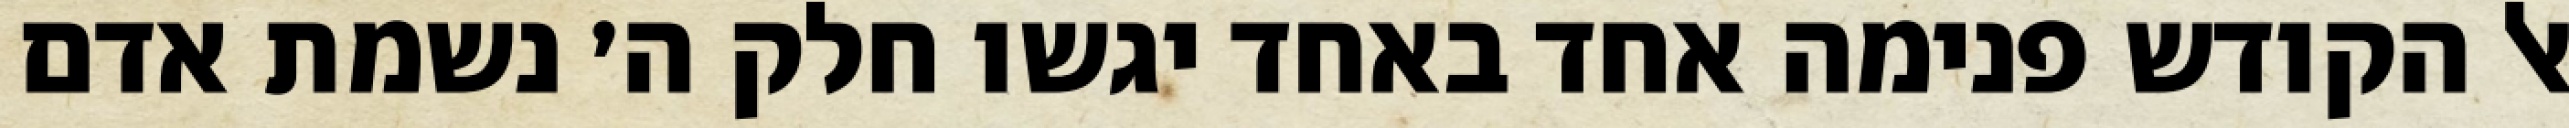
אל הקודש פנימה אחד באחד יגשו חלק ה׳ נשמת אדם